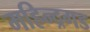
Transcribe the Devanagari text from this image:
महिन्द्रगड